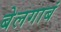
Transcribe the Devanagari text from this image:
बेलगाबं